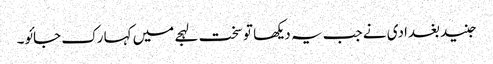
جنید بغدادی نے جب یہ دیکھا تو سخت لہجے میں کہا رک جائو۔